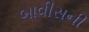
બાવીસની